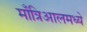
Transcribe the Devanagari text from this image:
माँत्रिआलमध्ये